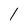
Character: l